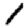
Digit: 1